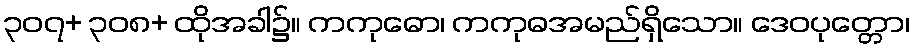
၃၀၇+ ၃၀၈+ ထိုအခါ၌။ ကကုဓော၊ ကကုဓအမည်ရှိသော။ ဒေဝပုတ္တော၊